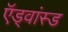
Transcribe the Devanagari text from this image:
ऍड्वांस्ड